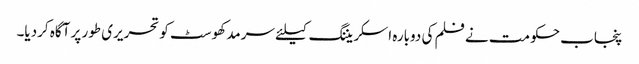
پنجاب حکومت نے فلم کی دوبارہ اسکریننگ کیلئے سرمد کھوسٹ کو تحریری طور پر آگاہ کردیا۔